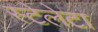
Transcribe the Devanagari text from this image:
स्टेलेटा